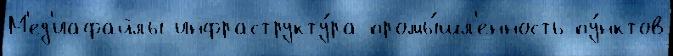
М'ед'иафайлы инфраструкту́ра промы́шл'енность пу́нктов